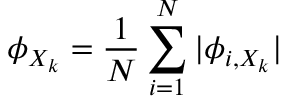
\phi _ { X _ { k } } = \frac { 1 } { N } \sum _ { i = 1 } ^ { N } | \phi _ { i , X _ { k } } |